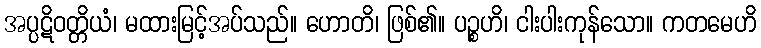
အပ္ပဋိဝတ္တိယံ၊ မထားမြင့်အပ်သည်။ ဟောတိ၊ ဖြစ်၏။ ပဉ္စဟိ၊ ငါးပါးကုန်သော။ ကတမေဟိ